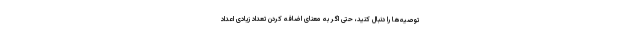
توصیه‌ها را دنبال کنید، حتی اگر به معنای اضافه کردن تعداد زیادی اعداد